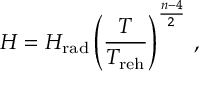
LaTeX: H = H _ { \mathrm { r a d } } \left( \frac { T } { T _ { \mathrm { r e h } } } \right) ^ { \frac { n - 4 } { 2 } } \, ,